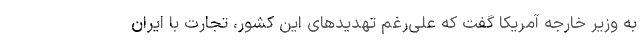
به وزیر خارجه آمریکا گفت که علی‌رغم تهدیدهای این کشور، تجارت با ایران